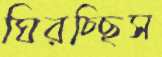
ঘিরচ্ছিস